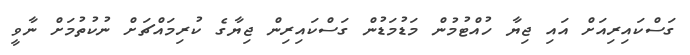
ގަސްކައިރިއަށް އައި ޖިޔާ ހުއްޓުމުން މަޑުމަޑުން ގަސްކައިރިން ޖިޔާގެ ކުރިމައްޗަށް ނުކުތުމަށް ނާވީ